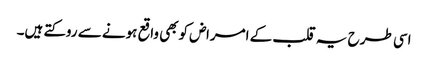
اسی طرح یہ قلب کے امراض کوبھی واقع ہونے سے روکتے ہیں۔